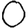
Digit: 0